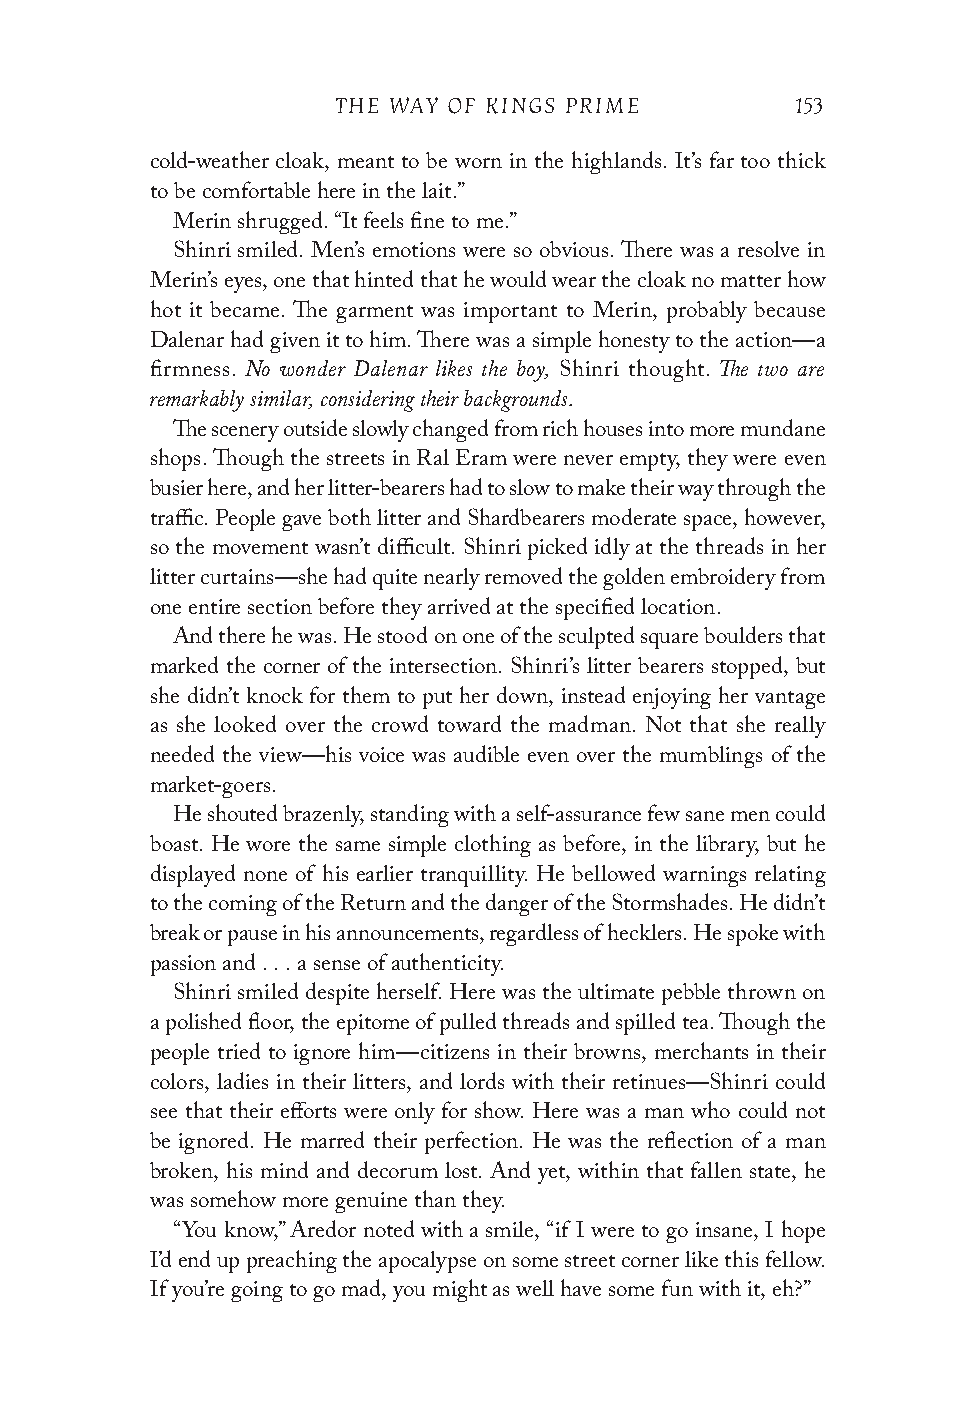
THE WAY OF KINGS PRIME         153
 cold-weather cloak, meant to be worn in the highlands. It’s far too thick
 to be comfortable here in the lait.”
 Merin shrugged. “It feels fine to me.”
 Shinri smiled. Men’s emotions were so obvious. There was a resolve in
 Merin’s eyes, one that hinted that he would wear the cloak no matter how
 hot it became. The garment was important to Merin, probably because
 Dalenar had given it to him. There was a simple honesty to the action—a
 No wonder Dalenar likes the boy, The two are
 firmness.                  Shinri thought.
 remarkably similar, considering their backgrounds.
 The scenery outside slowly changed from rich houses into more mundane
 shops. Though the streets in Ral Eram were never empty, they were even
 busier here, and her litter-bearers had to slow to make their way through the
 traffic. People gave both litter and Shardbearers moderate space, however,
 so the movement wasn’t difficult. Shinri picked idly at the threads in her
 litter curtains—she had quite nearly removed the golden embroidery from
 one entire section before they arrived at the specified location.
 And there he was. He stood on one of the sculpted square boulders that
 marked the corner of the intersection. Shinri’s litter bearers stopped, but
 she didn’t knock for them to put her down, instead enjoying her vantage
 as she looked over the crowd toward the madman. Not that she really
 needed the view—his voice was audible even over the mumblings of the
 market-goers.
 He shouted brazenly, standing with a self-assurance few sane men could
 boast. He wore the same simple clothing as before, in the library, but he
 displayed none of his earlier tranquillity. He bellowed warnings relating
 to the coming of the Return and the danger of the Stormshades. He didn’t
 break or pause in his announcements, regardless of hecklers. He spoke with
 passion and . . . a sense of authenticity.
 Shinri smiled despite herself. Here was the ultimate pebble thrown on
 a polished floor, the epitome of pulled threads and spilled tea. Though the
 people tried to ignore him—citizens in their browns, merchants in their
 colors, ladies in their litters, and lords with their retinues—Shinri could
 see that their efforts were only for show. Here was a man who could not
 be ignored. He marred their perfection. He was the reflection of a man
 broken, his mind and decorum lost. And yet, within that fallen state, he
 was somehow more genuine than they.
 “You know,” Aredor noted with a smile, “if I were to go insane, I hope
 I’d end up preaching the apocalypse on some street corner like this fellow.
 If you’re going to go mad, you might as well have some fun with it, eh?”